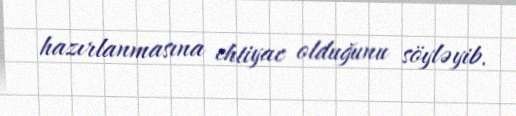
hazırlanmasına ehtiyac olduğunu söyləyib.